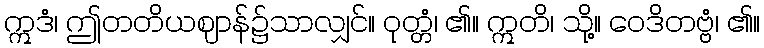
ဣဒံ၊ ဤတတိယဈာန်၌သာလျှင်။ ဝုတ္တံ၊ ၏။ ဣတိ၊ သို့။ ဝေဒိတဗ္ဗံ၊ ၏။